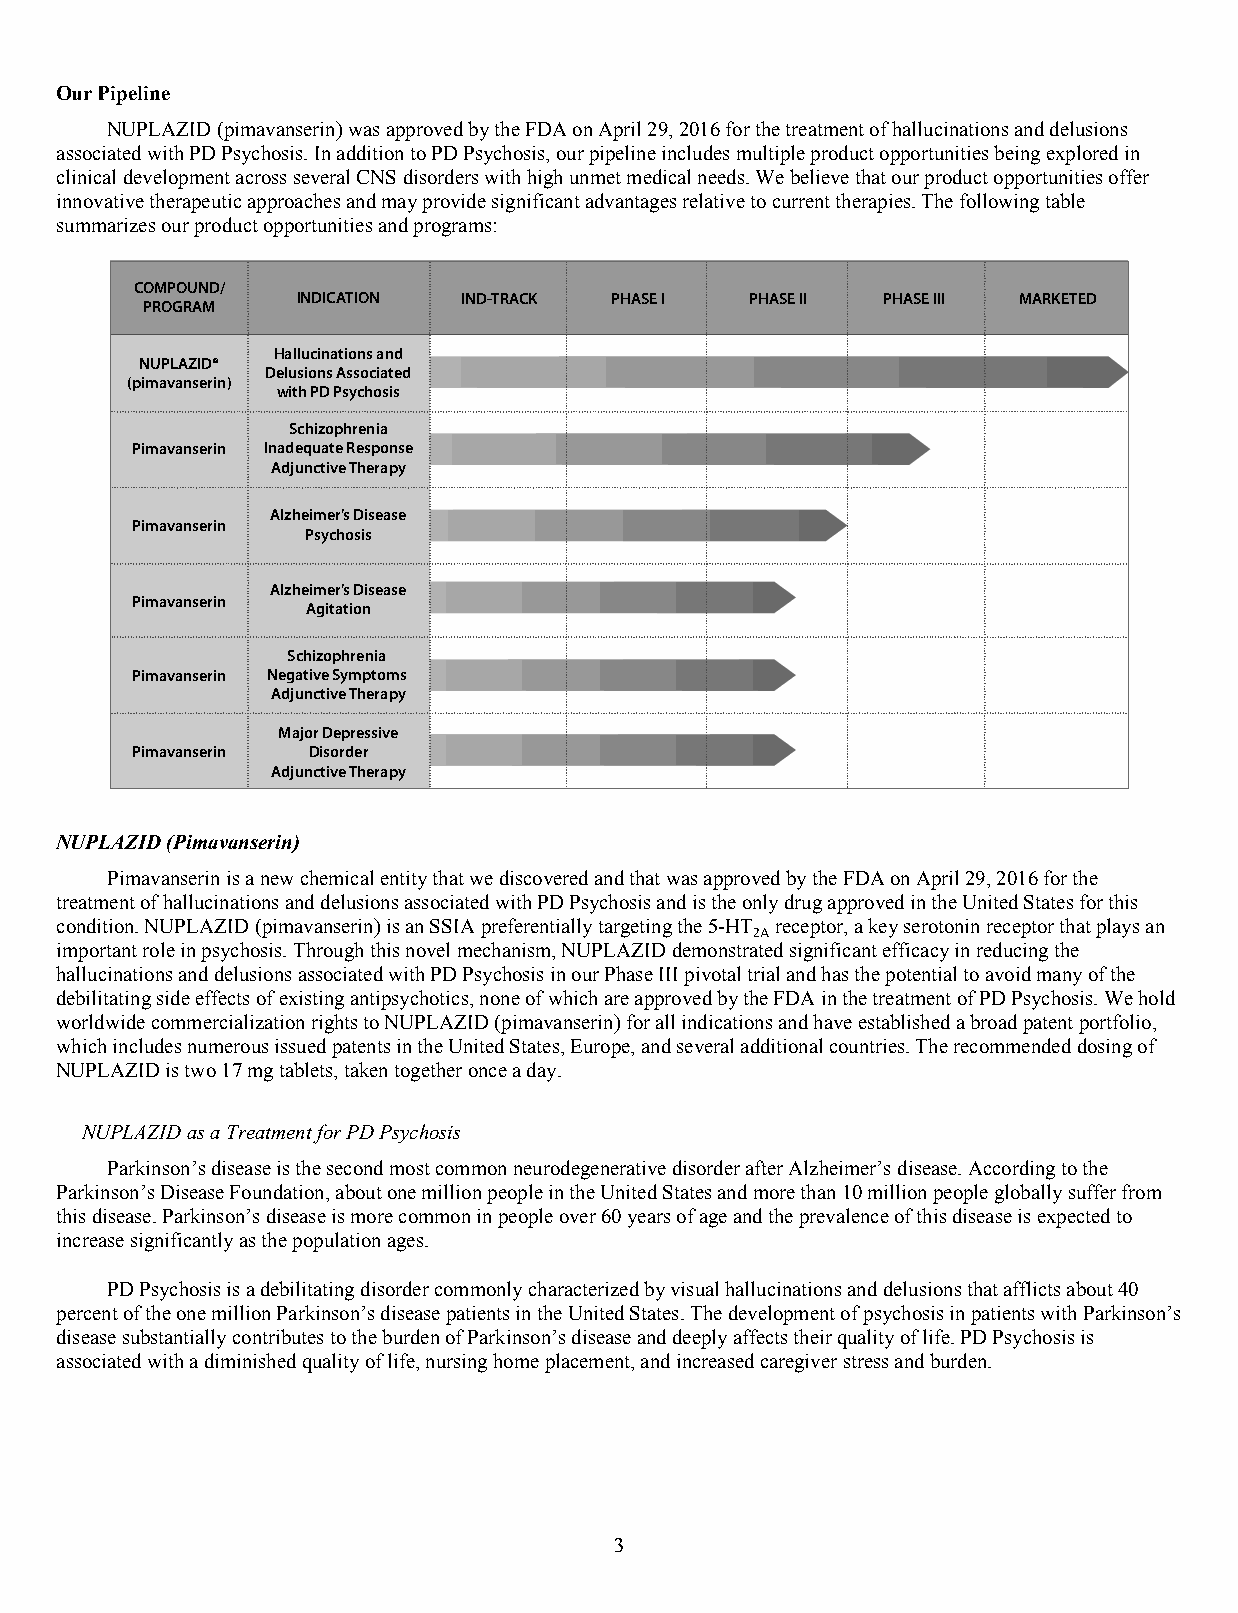
Our Pipeline
 NUPLAZID (pimavanserin) was approved by the FDA on April 29, 2016 for the treatment of hallucinations and delusions
 associated with PD Psychosis. In addition to PD Psychosis, our pipeline includes multiple product opportunities being explored in
 clinical development across several CNS disorders with high unmet medical needs. We believe that our product opportunities offer
 innovative therapeutic approaches and may provide significant advantages relative to current therapies. The following table
 summarizes our product opportunities and programs:
 COMPOUND/
 INDICATION IND-TRACK PHASE I  PHASE II PHASE III MARKETED
 PROGRAM
 Hallucinations and
 NUPLAZID®
 Delusions Associated
 (pimavanserin)
 with PD Psychosis
 Schizophrenia
 Pimavanserin Inadequate Response
 Adjunctive Therapy
 Alzheimer’s Disease
 Pimavanserin
 Psychosis
 Alzheimer’s Disease
 Pimavanserin
 Agitation
 Schizophrenia
 Pimavanserin Negative Symptoms
 Adjunctive Therapy
 Major Depressive
 Pimavanserin Disorder
 Adjunctive Therapy
 NUPLAZID (Pimavanserin)
 Pimavanserin is a new chemical entity that we discovered and that was approved by the FDA on April 29, 2016 for the
 treatment of hallucinations and delusions associated with PD Psychosis and is the only drug approved in the United States for this
 condition. NUPLAZID (pimavanserin) is an SSIA preferentially targeting the 5-HT receptor, a key serotonin receptor that plays an
 2A
 important role in psychosis. Through this novel mechanism, NUPLAZID demonstrated significant efficacy in reducing the
 hallucinations and delusions associated with PD Psychosis in our Phase III pivotal trial and has the potential to avoid many of the
 debilitating side effects of existing antipsychotics, none of which are approved by the FDA in the treatment of PD Psychosis. We hold
 worldwide commercialization rights to NUPLAZID (pimavanserin) for all indications and have established a broad patent portfolio,
 which includes numerous issued patents in the United States, Europe, and several additional countries. The recommended dosing of
 NUPLAZID is two 17 mg tablets, taken together once a day.
 NUPLAZID as a Treatment for PD Psychosis
 Parkinson’s disease is the second most common neurodegenerative disorder after Alzheimer’s disease. According to the
 Parkinson’s Disease Foundation, about one million people in the United States and more than 10 million people globally suffer from
 this disease. Parkinson’s disease is more common in people over 60 years of age and the prevalence of this disease is expected to
 increase significantly as the population ages.
 PD Psychosis is a debilitating disorder commonly characterized by visual hallucinations and delusions that afflicts about 40
 percent of the one million Parkinson’s disease patients in the United States. The development of psychosis in patients with Parkinson’s
 disease substantially contributes to the burden of Parkinson’s disease and deeply affects their quality of life. PD Psychosis is
 associated with a diminished quality of life, nursing home placement, and increased caregiver stress and burden.
 3